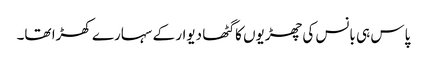
پاس ہی بانس کی چھڑیوں کا گٹھا دیوار کے سہارے کھڑا تھا۔